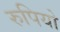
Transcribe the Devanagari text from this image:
रुपियो